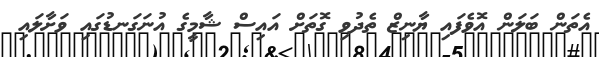
އެތަން ބަލަން އޮވެފައި ޔާނިޒް ތެދުވި ގޮތަށް އައިސް ޝާމީގެ އުނަގަނޑުގައި ވަށާލައި